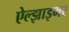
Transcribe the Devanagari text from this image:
ऐल्झाइमर